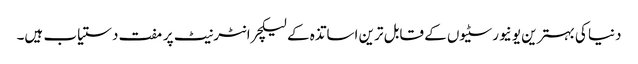
دنیا کی بہترین یونیورسٹیوں کے قابل ترین اساتذہ کے لیکچر انٹرنیٹ پر مفت دستیاب ہیں۔